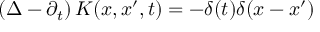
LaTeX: \left( \Delta - \partial _ { t } \right) K ( x , x ^ { \prime } , t ) = - \delta ( t ) \delta ( x - x ^ { \prime } )